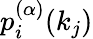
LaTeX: p_{i}^{(\alpha)}(k_{j})